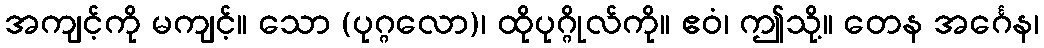
အကျင့်ကို မကျင့်။ သော (ပုဂ္ဂလော)၊ ထိုပုဂ္ဂိုလ်ကို။ ဧဝံ၊ ဤသို့။ တေန အင်္ဂေန၊